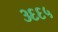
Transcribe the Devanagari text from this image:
३६६५